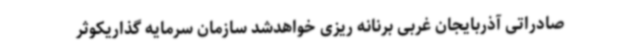
صادراتی آذربایجان غربی برنانه ریزی خواهدشد سازمان سرمایه گذاریکوثر